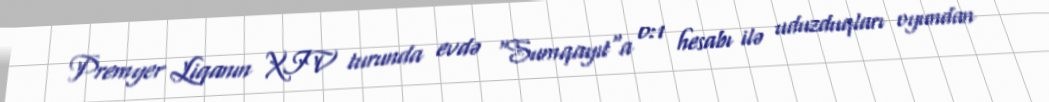
Premyer Liqanın XIV turunda evdə "Sumqayıt"a 0:1 hesabı ilə uduzduqları oyundan